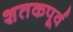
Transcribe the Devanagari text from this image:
शतकपूर्व